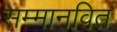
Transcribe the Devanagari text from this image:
सम्मानवित